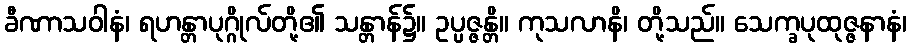
ခီဏာသဝါနံ၊ ရဟန္တာပုဂ္ဂိုလ်တို့၏ သန္တာန်၌။ ဥပ္ပဇ္ဇန္တိ။ ကုသလာနိ၊ တို့သည်။ သေက္ခပုထုဇ္ဇနာနံ၊